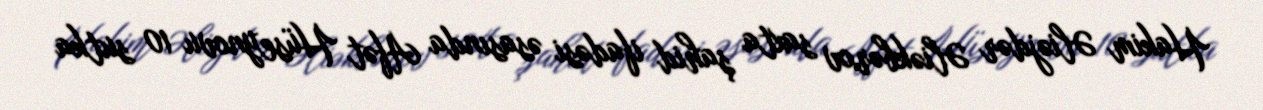
Hakim Əliəjdər Əliəkbərov saxta şahid ifadəsi əsasında Afət Hüseynovu 10 sutka